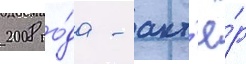
2008 го́да - акт'ё́р